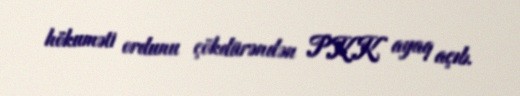
hökuməti ordunu çökdürəndən PKK ayaq açıb.